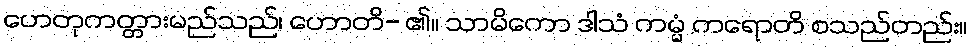
ဟေတုကတ္တားမည်သည်၊ ဟောတိ- ၏။ သာမိကော ဒါသံ ကမ္မံ ကရောတိ စသည်တည်း။